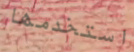
استخدمها